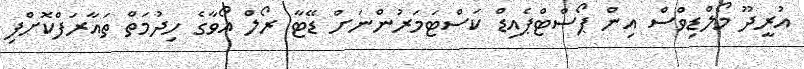
އުރީދޫ މޯލްޑިވްސް އިން ޕޯސްޓްޕެއިޑް ކަސްޓަމަރުންނަށް ޑޭޓާ ރޯލް އޯވާގެ ހިދުމަތް ތައާރަފްކޮށްފި